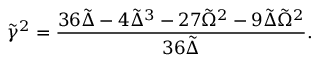
\tilde { \gamma } ^ { 2 } = \frac { 3 6 \tilde { \Delta } - 4 \tilde { \Delta } ^ { 3 } - 2 7 \tilde { \Omega } ^ { 2 } - 9 \tilde { \Delta } \tilde { \Omega } ^ { 2 } } { 3 6 \tilde { \Delta } } .